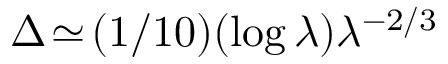
\Delta \! \simeq \! ( 1 / 1 0 ) ( \log \lambda ) \lambda ^ { - 2 / 3 }